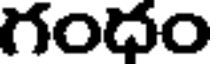
గంధం